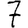
Digit: 7